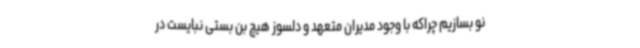
نو بسازیم چراکه با وجود مدیران متعهد و دلسوز هیچ بن بستی نبایست در